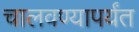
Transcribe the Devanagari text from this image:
चालवण्यापर्यंत